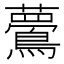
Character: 𪅇